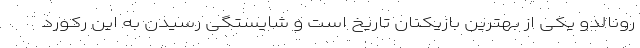
رونالدو یکی از بهترین بازیکنان تاریخ است و شایستگی رسیدن به این رکورد